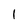
Character: 1